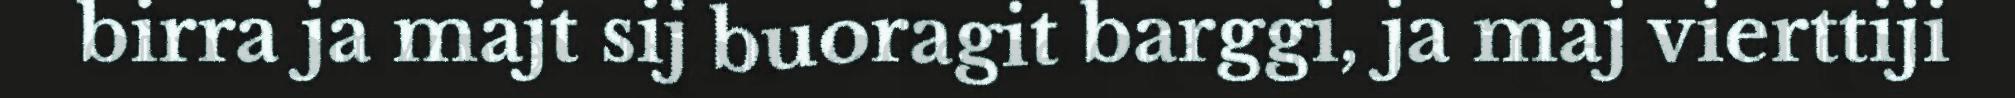
birra ja majt sij buoragit barggi, ja maj vierttiji